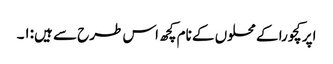
اپر کچورا کے محلوں کے نام کچھ اس طرح سے ہیں:۱۔